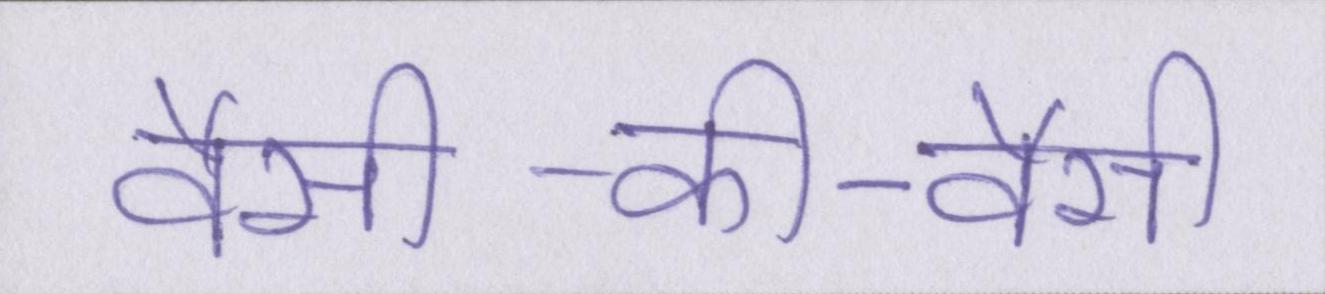
वैसी-की-वैसी